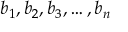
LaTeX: b _ { 1 } , b _ { 2 } , b _ { 3 } , \ldots , b _ { n }